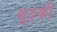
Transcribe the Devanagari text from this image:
शुट्की